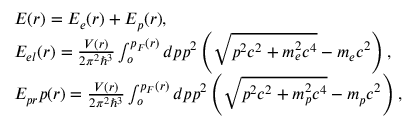
\begin{array} { l } { E ( r ) = E _ { e } ( r ) + E _ { p } ( r ) , } \\ { E _ { e l } ( r ) = \frac { V ( r ) } { 2 \pi ^ { 2 } \hbar ^ { 3 } } \int _ { o } ^ { p _ { F } ( r ) } d p p ^ { 2 } \left( \sqrt { p ^ { 2 } c ^ { 2 } + m _ { e } ^ { 2 } c ^ { 4 } } - m _ { e } c ^ { 2 } \right) , } \\ { E _ { p r } p ( r ) = \frac { V ( r ) } { 2 \pi ^ { 2 } \hbar ^ { 3 } } \int _ { o } ^ { p _ { F } ( r ) } d p p ^ { 2 } \left( \sqrt { p ^ { 2 } c ^ { 2 } + m _ { p } ^ { 2 } c ^ { 4 } } - m _ { p } c ^ { 2 } \right) , } \end{array}